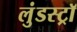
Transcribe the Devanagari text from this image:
लुंडस्ट्राॅ